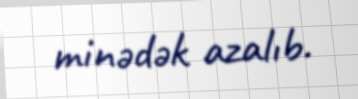
minədək azalıb.